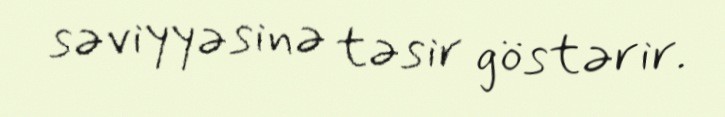
səviyyəsinə təsir göstərir.